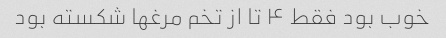
خوب بود فقط ۴ تا از تخم مرغها شکسته بود